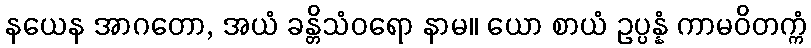
နယေန အာဂတော, အယံ ခန္တိသံဝရော နာမ။ ယော စာယံ ဥပ္ပန္နံ ကာမဝိတက္ကံ